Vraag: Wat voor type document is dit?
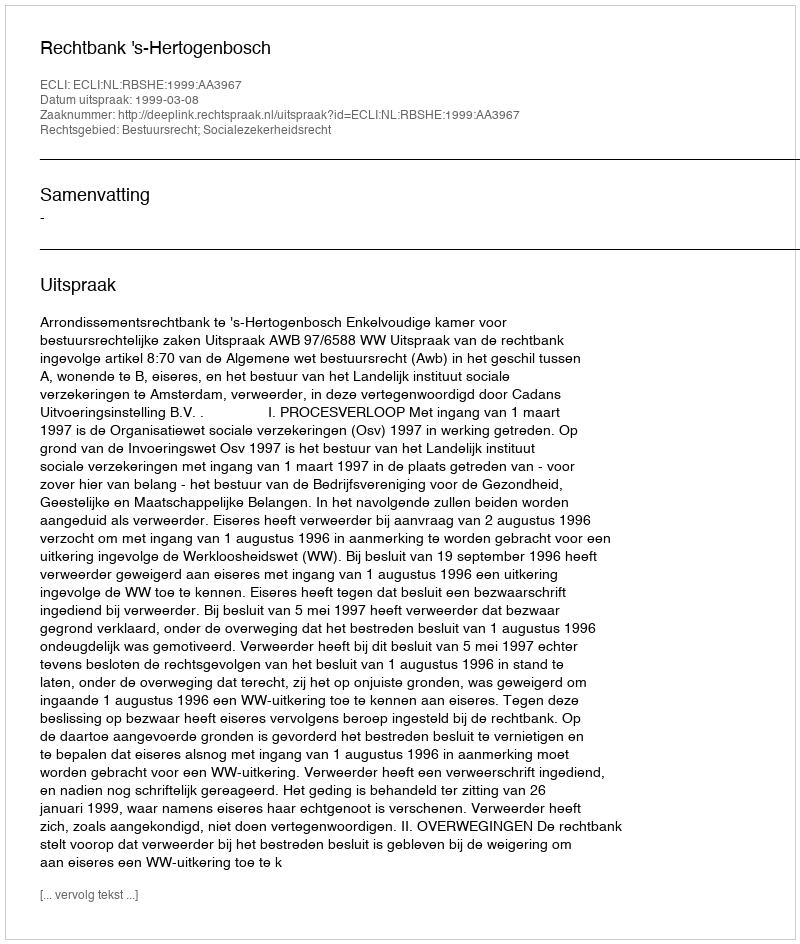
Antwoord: Uitspraak